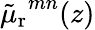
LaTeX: {\tilde{\mu}_{\mathrm{r}}}^{mn}(z)